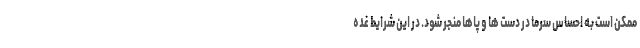
ممکن است به احساس سرما در دست ها و پاها منجر شود. در این شرایط غده